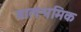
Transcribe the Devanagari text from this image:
बालश्रमिक